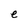
Character: e